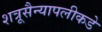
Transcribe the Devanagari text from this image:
शत्रूसैन्यापलीकडे